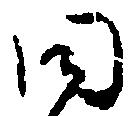
同